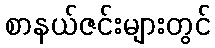
စာနယ်ဇင်းများတွင်